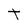
Character: t